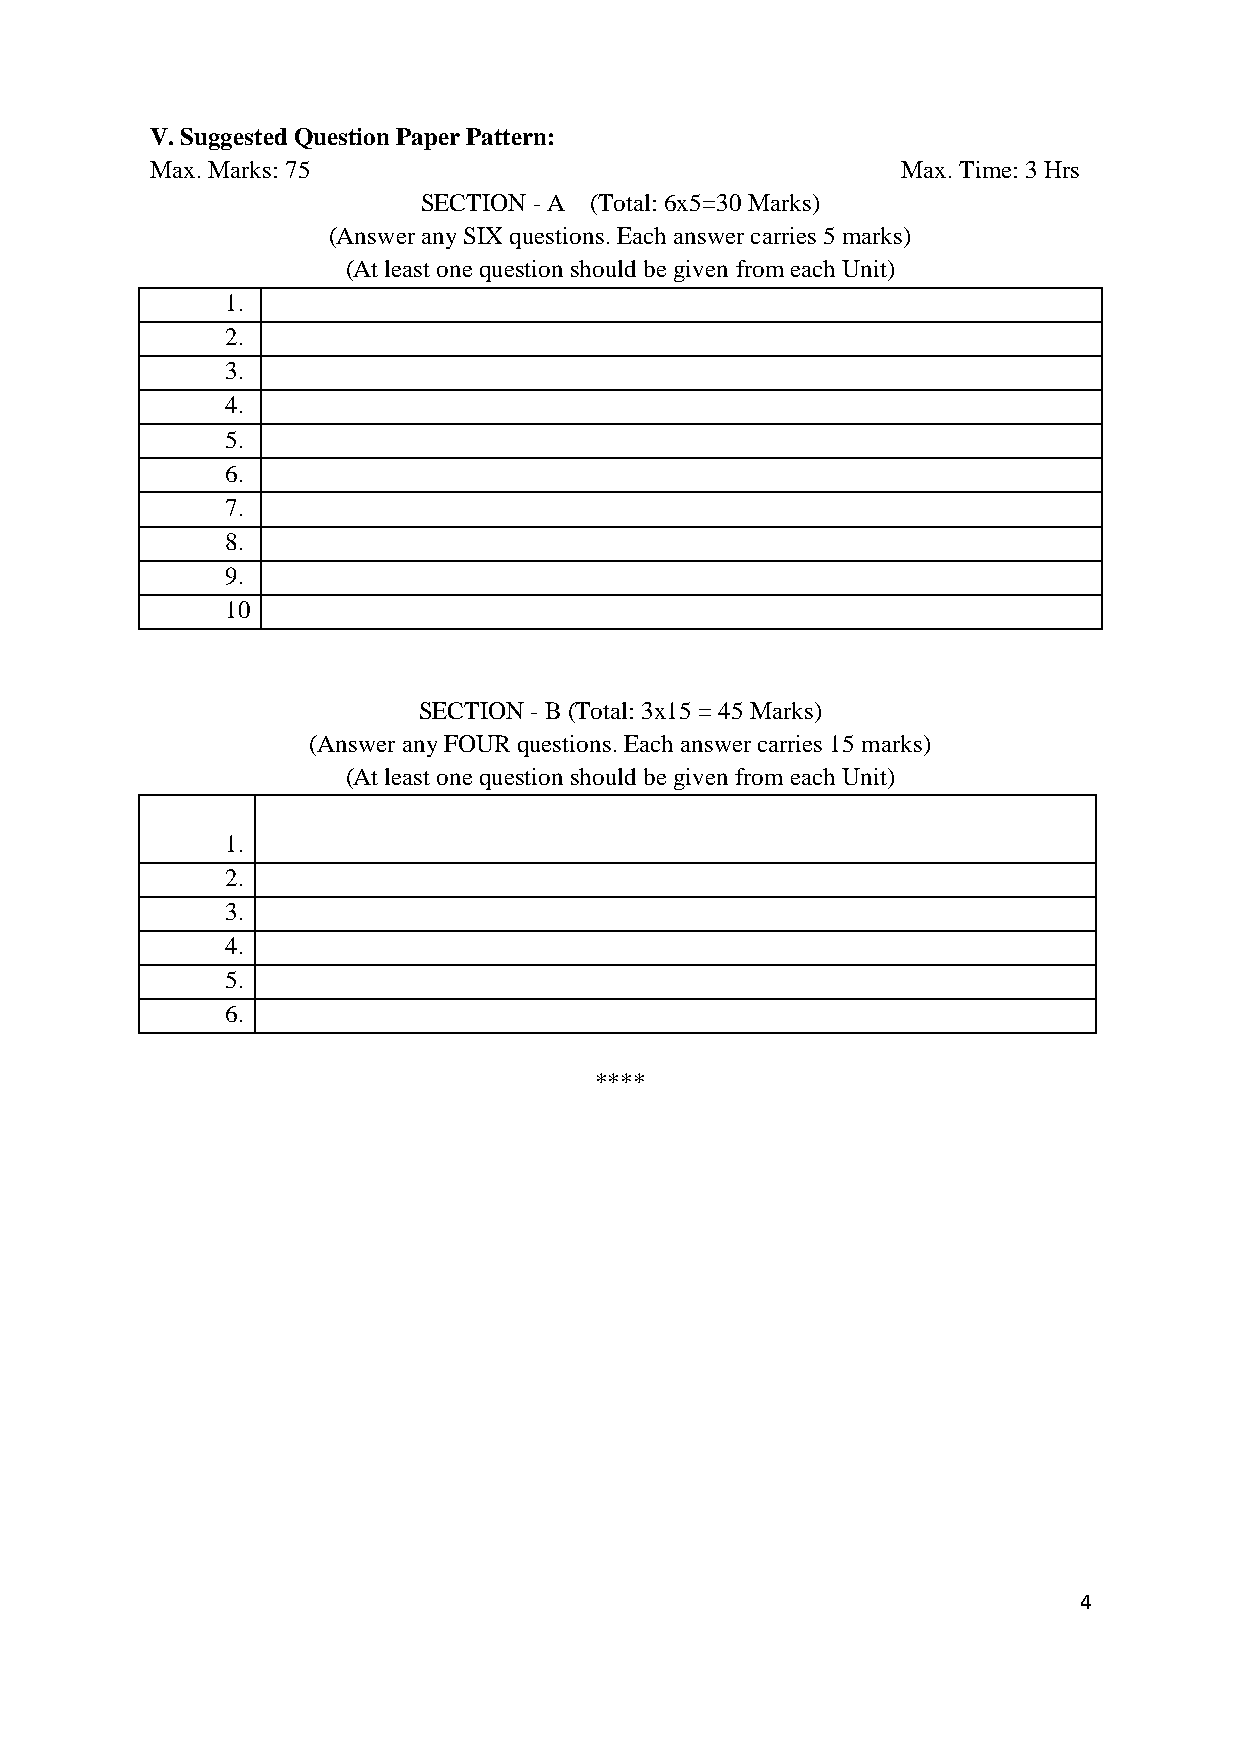
V. Suggested Question Paper Pattern:
 Max. Marks: 75                                    Max. Time: 3 Hrs
 SECTION - A (Total: 6x5=30 Marks)
 (Answer any SIX questions. Each answer carries 5 marks)
 (At least one question should be given from each Unit)
 1.
 2.
 3.
 4.
 5.
 6.
 7.
 8.
 9.
 10
 SECTION - B (Total: 3x15 = 45 Marks)
 (Answer any FOUR questions. Each answer carries 15 marks)
 (At least one question should be given from each Unit)
 1.
 2.
 3.
 4.
 5.
 6.
 ****
 4